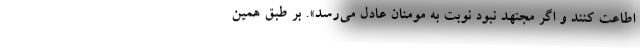
اطاعت کنند و اگر مجتهد نبود نوبت به مومنان عادل می‌رسد». بر طبق همین